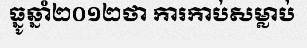
ធ្នូឆ្នាំ២០១២ថា ការកាប់សម្លាប់